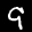
Label: 9